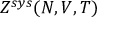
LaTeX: Z ^ { s y s } ( N , V , T )